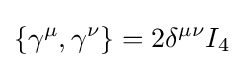
\left\{\gamma ^{\mu },\gamma ^{\nu }\right\}=2\delta ^{\mu \nu }I_{4}